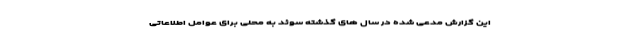
این گزارش مدعی شده در سال های گذشته سوئد به محلی برای عوامل اطلاعاتی